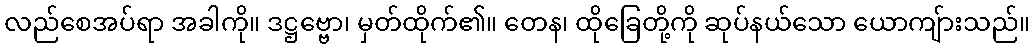
လည်စေအပ်ရာ အခါကို။ ဒဋ္ဌဗ္ဗော၊ မှတ်ထိုက်၏။ တေန၊ ထိုခြေတို့ကို ဆုပ်နယ်သော ယောကျ်ားသည်။